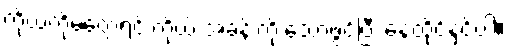
ကိုယ့်ကိုမတွေ့ရင် ကိုယ့် အခန်းကို သော့ဖွင့်ပြီး နေထိုင်နှင့်ပါ။